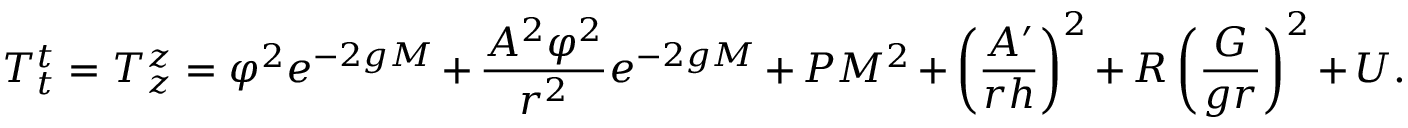
T _ { t } ^ { t } = T _ { z } ^ { z } = \varphi ^ { 2 } e ^ { - 2 g M } + \frac { A ^ { 2 } \varphi ^ { 2 } } { r ^ { 2 } } e ^ { - 2 g M } + { \cal P } M ^ { 2 } + \left( \frac { A ^ { \prime } } { r h } \right) ^ { 2 } + { \cal R } \left( \frac { G } { g r } \right) ^ { 2 } + U .